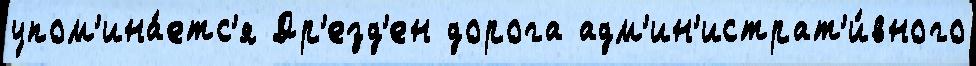
упом'ина́етс'я Др'езд'ен дорога адм'ин'истрат'и́вного